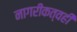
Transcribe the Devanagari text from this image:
नागरीकत्वही